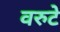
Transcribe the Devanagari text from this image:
वरुटे